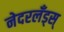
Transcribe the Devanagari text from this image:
नेदरलँड्स्